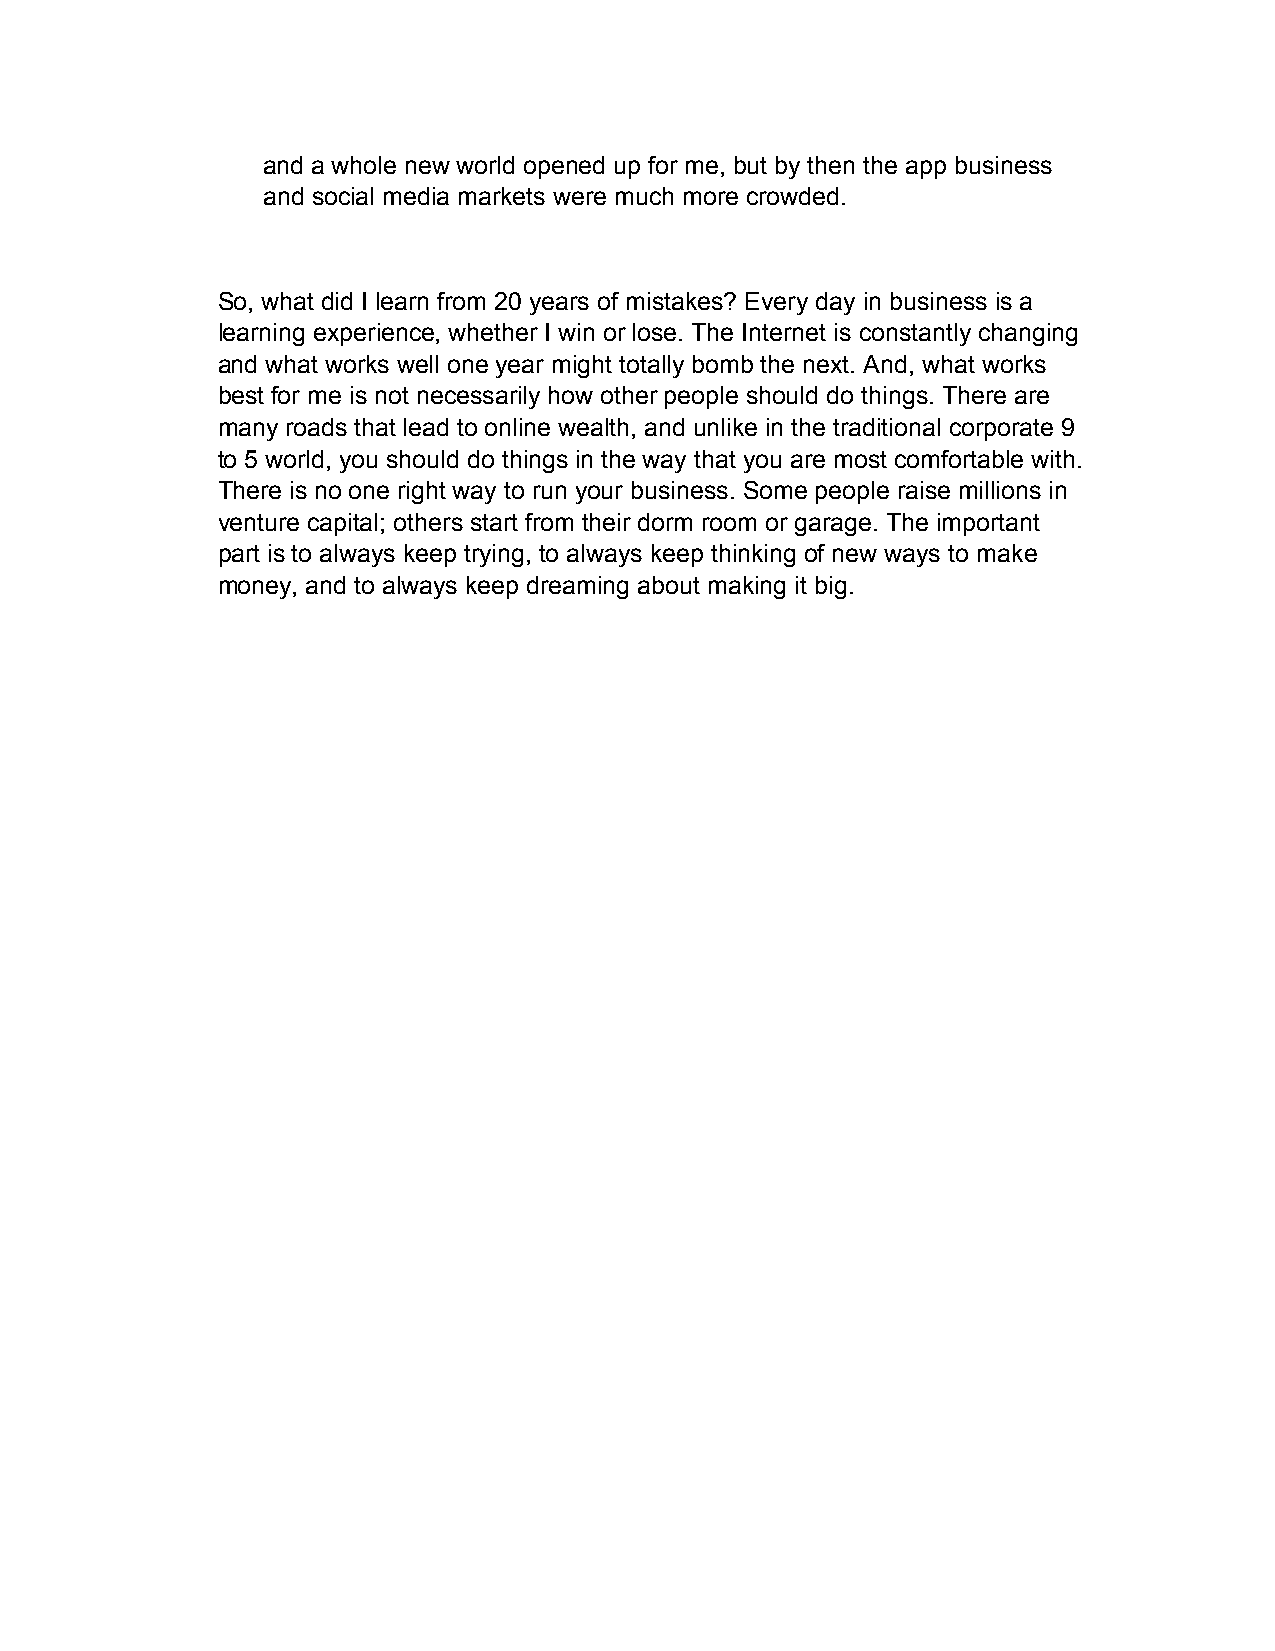
and a whole new world opened up for me, but by then the app business
 and social media markets were much more crowded.
 So, what did I learn from 20 years of mistakes? Every day in business is a
 learning experience, whether I win or lose. The Internet is constantly changing
 and what works well one year might totally bomb the next. And, what works
 best for me is not necessarily how other people should do things. There are
 many roads that lead to online wealth, and unlike in the traditional corporate 9
 to 5 world, you should do things in the way that you are most comfortable with.
 There is no one right way to run your business. Some people raise millions in
 venture capital; others start from their dorm room or garage. The important
 part is to always keep trying, to always keep thinking of new ways to make
 money, and to always keep dreaming about making it big.